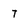
Character: T